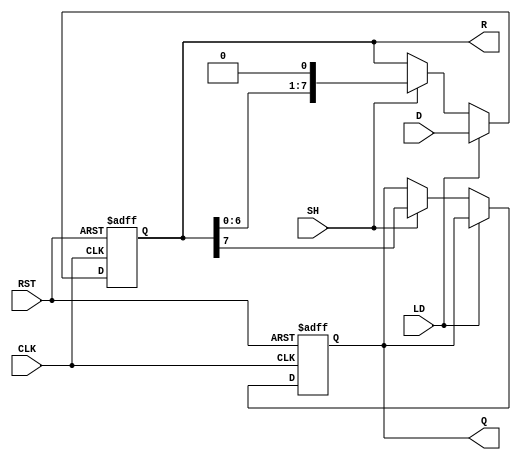
module PISO_Register (
    input wire [7:0] D,      // 8-bit parallel data input
    input wire LD,           // Load control signal
    input wire SH,           // Shift control signal
    input wire CLK,          // Clock signal
    input wire RST,          // Asynchronous reset signal
    output reg Q,            // Serial output
    output reg [7:0] R       // Register state output
);

// State of the register
always @(posedge CLK or posedge RST) begin
    if (RST) begin
        // Asynchronous reset
        R <= 8'b0;    // Clear the register contents
        Q <= 1'b0;    // Clear the serial output
    end else begin
        if (LD) begin
            // Load data from D into the register
            R <= D;
        end else if (SH) begin
            // Shift operation
            Q <= R[7];  // Shift out the MSB to Q
            R <= {R[6:0], 1'b0}; // Shift left, filling with 0
        end
        // If neither LD nor SH is asserted, retain the current state
    end
end

endmodule